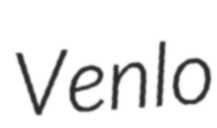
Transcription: Venlo